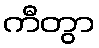
ကီတွာ